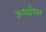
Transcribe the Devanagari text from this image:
ऊर्ध्वाध्वर